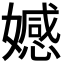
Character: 𡢳